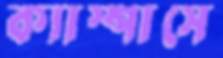
ক্যাস্পাসে